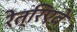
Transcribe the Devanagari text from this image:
रेत्रिएवे